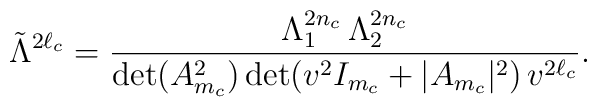
\tilde\Lambda^{2\ell_c}={\Lambda_1^{2n_c}\,\Lambda_2^{2n_c}\over\det(A_{m_c}^2)\det(v^2I_{m_c}+|A_{m_c}|^2)\,v^{2\ell_c}}.